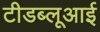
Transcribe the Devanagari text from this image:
टीडब्लूआई